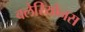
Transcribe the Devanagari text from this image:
वलेरियोनस